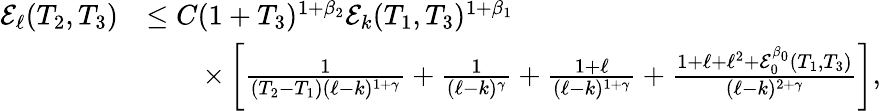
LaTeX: \begin{array}{rl}{\mathcal{E}_{\ell}(T_{2},T_{3})}&{\le C(1+T_{3})^{1+\beta_{2}}\mathcal{E}_{k}(T_{1},T_{3})^{1+\beta_{1}}}\\ &{\qquad\times\left[\frac{1}{(T_{2}-T_{1})(\ell-k)^{1+\gamma}}+\frac{1}{(\ell-k)^{\gamma}}+\frac{1+\ell}{(\ell-k)^{1+\gamma}}+\frac{1+\ell+\ell^{2}+\mathcal{E}_{0}^{\beta_{0}}(T_{1},T_{3})}{(\ell-k)^{2+\gamma}}\right],}\end{array}